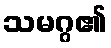
သမဂ္ဂ၏